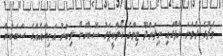
މެޗުގެ ދެވަނަ ހާފްގައި ނިލަންދޫ ޓިމްގެ ގޯލްކީޕަރު ސޮބާހަށް ލިބުނު އަނިޔާއެއްގެ ސަބަބުން